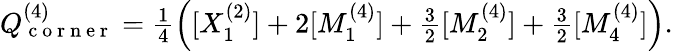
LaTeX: \begin{array}{r}{Q_{\mathrm{~c~o~r~n~e~r~}}^{(4)}=\frac{1}{4}\left([X_{1}^{(2)}]+2[M_{1}^{(4)}]+\frac{3}{2}[M_{2}^{(4)}]+\frac{3}{2}[M_{4}^{(4)}]\right).}\end{array}